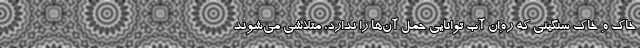
خاک و خاک سنگینی که روان آب توانایی حمل آن‌ها را ندارد، متلاشی می‌شوند